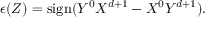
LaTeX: \epsilon ( Z ) = \mathrm { s i g n } ( Y ^ { 0 } X ^ { d + 1 } - X ^ { 0 } Y ^ { d + 1 } ) .